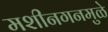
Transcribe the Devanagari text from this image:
मशीनगनमुळे